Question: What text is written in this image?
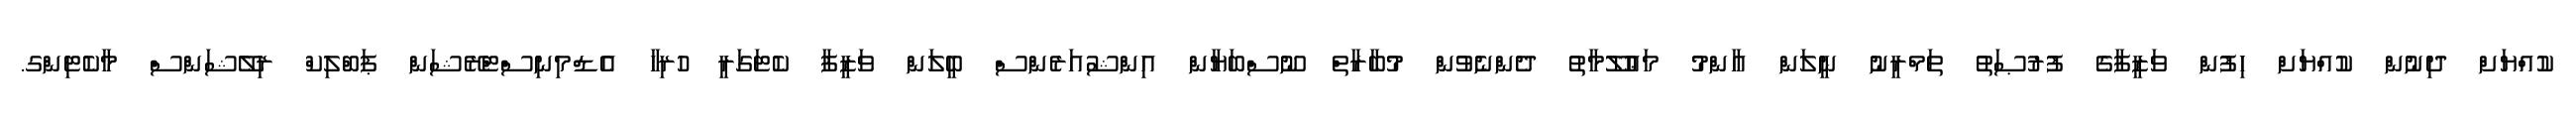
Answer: ކުއްޔަށް ދިނުން ކުއްޔަށް ހިފުން ވަޒީފާގެ ފުރުޞަތު ތަމްރީނު ނީލަން ޢާންމު މަޢުލޫމާތު ދެންނެވުން މުބާރާތް ނޫސްބަޔާން އިންޝުއަރެންސް ބީލަން ވަޒީފާ ކެޓަގަރީ ހުރިހާ އެޑްމިނިސްޓްރޭޝަން ޕަބްލިކް ރިލޭޝަންސް މާކެޓިންގ.